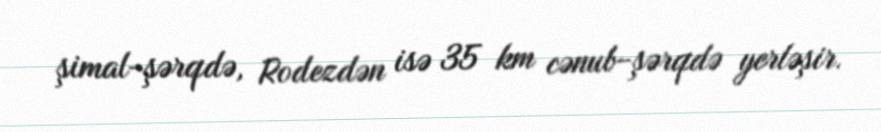
şimal-şərqdə, Rodezdən isə 35 km cənub-şərqdə yerləşir.